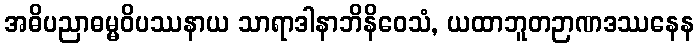
အဓိပညာဓမ္မဝိပဿနာယ သာရာဒါနာဘိနိဝေသံ, ယထာဘူတဉာဏဒဿနေန